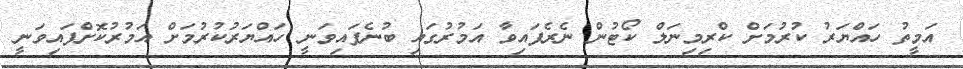
އަމީތު ހައްޔަރު ކުރުމަށް ކްރިމިނަލް ކޯޓުން ނެރެފައިވާ އަމުރުގައި ބުނެފައިވަނީ ހައްޔަރުކުރުމަށް އަމުރުކޮށްފައިވަނީ